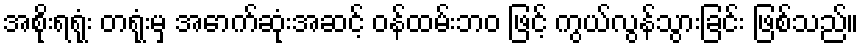
အစိုးရရုံး တရုံးမှ အောက်ဆုံးအဆင့် ဝန်ထမ်းဘဝ ဖြင့် ကွယ်လွန်သွားခြင်း ဖြစ်သည်။